Calcutta medical institutions reports 1879-81 [i.e.91]
Year: 1879
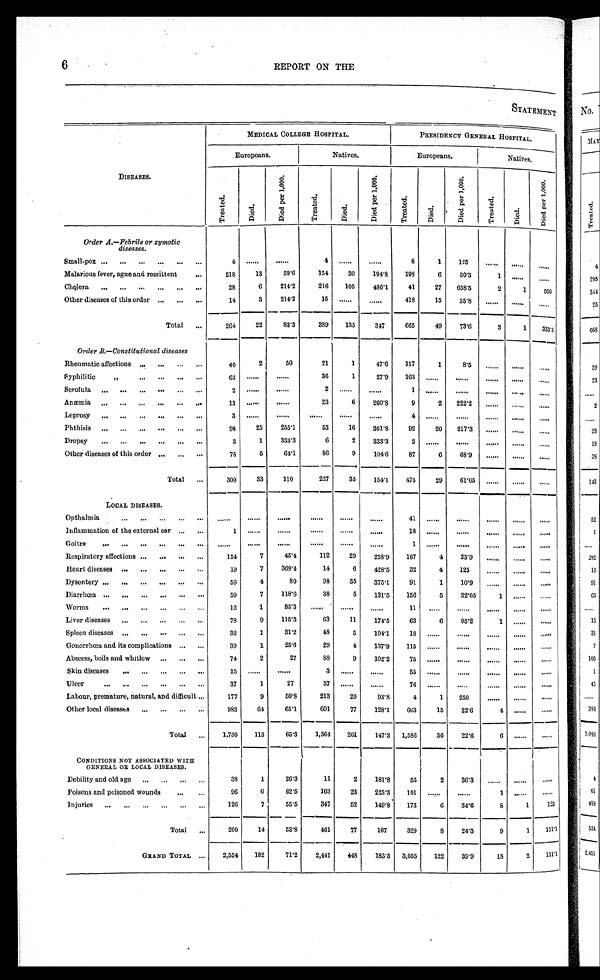
6
REPORT ON THE
STATEMENT
DISEASES.
MEDICAL COLLEGE HOSPITAL.
PRESIDENCY GENERAL HOSPITAL.
Eur opeans .
Natives.
E u r o p e a n s .
Natives.
Tr eat ed.
Di ed.
D i e d p e r 1 , 0 0 0 .
Tr eat ed.
D i e d .
D i e d p e r 1 , 0 0 0 .
Tr e a t e d .
Died.
D i e d p e r 1 , 0 0 0 .
Tr eat ed.
Di e d.
D i e d p e r 1 , 0 0 0 .
Order A.—Febrile or zymotic
diseases.
Small-pox
4
. . .
. . .
4
. . .
. . .
8
1
1 2 5
. . .
. . .
. . .
Malarious fever, ague and remittent
2 1 8
1 3
5 9 . 6
1 5 4
3 0
1 9 4 . 8
1 9 8
6
3 0 . 3
1
. . .
. . .
Cholera
2 8
6
2 1 4 . 2
2 1 6
1 0 5
4 8 6 . 1
4 1
2 7
6 5 8 . 5
2
1
5 0 0
Other diseases of this order
1 4
3
2 1 4 . 2
1 5
. . .
. . .
4 1 8
1 5
3 5 . 8
. . .
. . . . . .
Total
2 6 4
2 2
8 3 . 3
3 8 9
1 3 5
3 4 7
6 6 5
4 9
7 3 . 6
3
1
3 3 3 . 3
Order B.—Constitutional diseases
Rheumatic affections
4 0
2
5 0
2 1
1
4 7 . 6
1 1 7
1
8 . 5
. . .
. . . . . .
Syphilitic "
6 3
. . .
. . .
3 6
1
2 7 . 9
1 6 3
. . .
. . .
. . .
. . . . . .
Scrofula
2
. . .
. . .
2
. . .
. . .
1
. . .
. . .
. . .
. . .
. . .
Anæmia
1 3
. . .
. . .
2 3
6
2 6 0 . 8
9
2
2 2 2 . 2
. . .
. . .
. . .
Leprosy
3
. . .
. . .
. . .
. . .
. . .
4
. . .
. . .
. . .
. . .
. . .
Phthisis
9 8
2 5
2 5 5 . 1
5 3
1 6
3 0 1 . 8
9 2
2 0
2 1 7 . 3
. . .
. . . . . .
Dropsy
3
1
3 3 3 . 3
6
2
3 3 3 . 3
2
. . .
. . . . . .
. . .
. . .
Other diseases of this order
7 8
5
6 4 . 1
8 6
9
1 0 4 . 6
8 7
6
6 8 . 9
. . .
. . .
. . .
Total
3 0 0
3 3
1 1 0
2 2 7
3 5
1 5 4 . 1
4 7 5
2 9
6 1 . 0 5
. . .
. . .
. . .
LOCAL DISEASES.
Opthalmia
. . .
. . .
. . .
. . .
. . .
. . .
4 1
. . .
. . .
. . .
. . .
. . .
Inflammation of the external ear
1
. . .
. . .
. . .
. . .
. . .
1 8
. . .
. . .
. . .
. . .
. . .
Goitre
. . .
. . .
. . .
. . .
. . .
. . .
1
. . .
. . .
. . .
. . .
. . .
Respiratory affections
1 5 4
7
4 5 . 4
1 1 2
2 9
2 5 8 . 9
1 6 7
4
2 3 . 9 . . .
. . .
. . .
Heart diseases
1 9
7
3 6 8 . 4
1 4
6
4 2 8 . 5
3 2
4
1 2 5
. . .
. . .
. . .
Dysentery
5 0
4
8 0
9 8
3 5
3 7 5 . 1
9 1
1
1 0 . 9 . . .
. . .
. . .
Diarrhœa
5 9
7
1 1 8 . 6
3 8
5
1 3 1 . 5
1 5 6
5
3 2 . 0 5 1
. . .
. . .
Worms
1 2
1
8 3 . 3
. . .
. . .
. . .
1 1
. . .
. . .
. . .
. . .
. . .
Liver diseases
7 8
9
1 1 5 . 3
6 3
1 1
1 7 4 . 5
6 3
6
9 5 . 2
1
. . .
. . .
Spleen diseases
3 2
1
3 1 . 2
4 8
5
1 0 4 . 1
1 8
. . .
. . .
. . .
. . .
. . .
Gonorrhœa and its complications
3 9
1
2 5 . 6
2 9
4
1 3 7 . 9
1 1 5
. . .
. . .
. . .
. . .
. . .
Abscess, boils and whitlow
7 4
2
2 7
8 8
9
1 0 2 . 2
7 5
. . .
. . .
. . .
. . .
. . .
Skin diseases
1 5
. . .
. . .
3
. . .
. . .
5 5
. . .
. . .
. . .
. . .
. . .
Ulcer
3 7
1
2 7
5 7
. . .
. . .
7 6
. . .
. . .
. . .
. . .
. . .
Labour, premature, natural, and difficult
1 7 7
9
5 0 . 8
2 1 3
2 0
9 3 . 8
4
1
2 5 0
. . .
. . .
. . .
Other local diseases
9 8 3
6 4
6 5 . 1
6 0 1
7 7
1 2 8 . 1
6 6 3
1 5
2 2 . 6
4
. . .
. . .
Total
1 , 7 3 0
1 1 3
6 5 . 3
1 , 3 6 4
2 0 1
1 4 7 . 3
1 , 5 8 6
3 6
2 2 . 6
6
. . .
. . .
CONDITIONS NOT ASSOCIATED WITH
GENERAL OR LOCAL DISEASES.
Debility and old age
3 8
1
2 6 . 3
1 1
2
1 8 1 . 8
5 5
2
3 6 . 3
. . .
. . .
. . .
Poisons and poisoned wounds
9 6
6
6 2 . 5
1 0 3
2 3
2 2 3 . 3
1 0 1
. . .
. . .
1
. . .
. . .
Injuries
1 2 6
7
5 5 . 5
3 4 7
5 2
1 4 9 . 8
1 7 3
6
3 4 . 6
8
1
1 2 5
Total
2 6 0
1 4
5 3 . 8
4 6 1
7 7
1 6 7
3 2 9
8
2 4 . 3
9
1
1 1 1 . 1
GRAND TOTAL
2 , 5 5 4
1 8 2
7 1 . 2
2 , 4 4 1
4 4 8
1 8 3 . 5
3 , 0 5 5
1 2 2
3 9 . 9
1 8
2
1 1 1 . 1